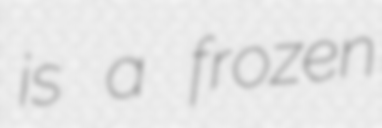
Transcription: is a frozen